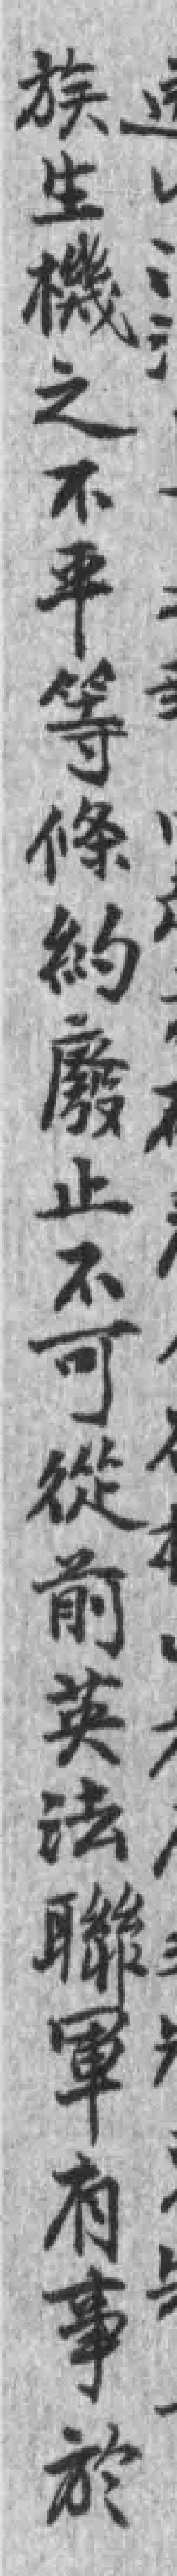
族生機之不平等條約廢止不可從前英法聯军有事於